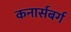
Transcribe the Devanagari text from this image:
कनार्सबर्ग